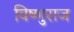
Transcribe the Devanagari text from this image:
विष्णुराज